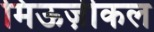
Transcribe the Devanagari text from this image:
मिऊज़ीकल